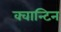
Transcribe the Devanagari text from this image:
क्वान्टिन